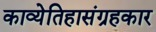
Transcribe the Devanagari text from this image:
काव्येतिहासंग्रहकार